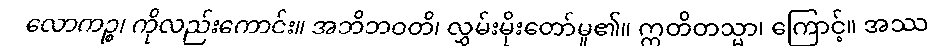
လောကဉ္စ၊ ကိုလည်းကောင်း။ အဘိဘဝတိ၊ လွှမ်းမိုးတော်မူ၏။ ဣတိတသ္မာ၊ ကြောင့်။ အဿ